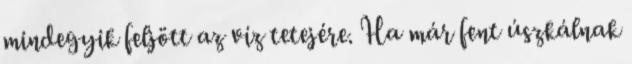
mindegyik feljött az víz tetejére. Ha már fent úszkálnak